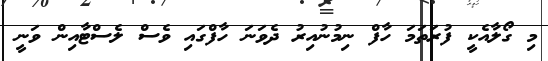
މި ގޯލާއެކީ ފުރަތަމަ ހާފް ނިމުނުއިރު ދެވަނަ ހާފްގައި ވެސް ލެސްޓާއިން ވަނީ